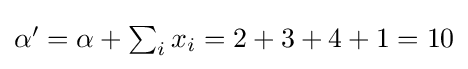
{\textstyle \alpha '=\alpha +\sum _{i}x_{i}=2+3+4+1=10}